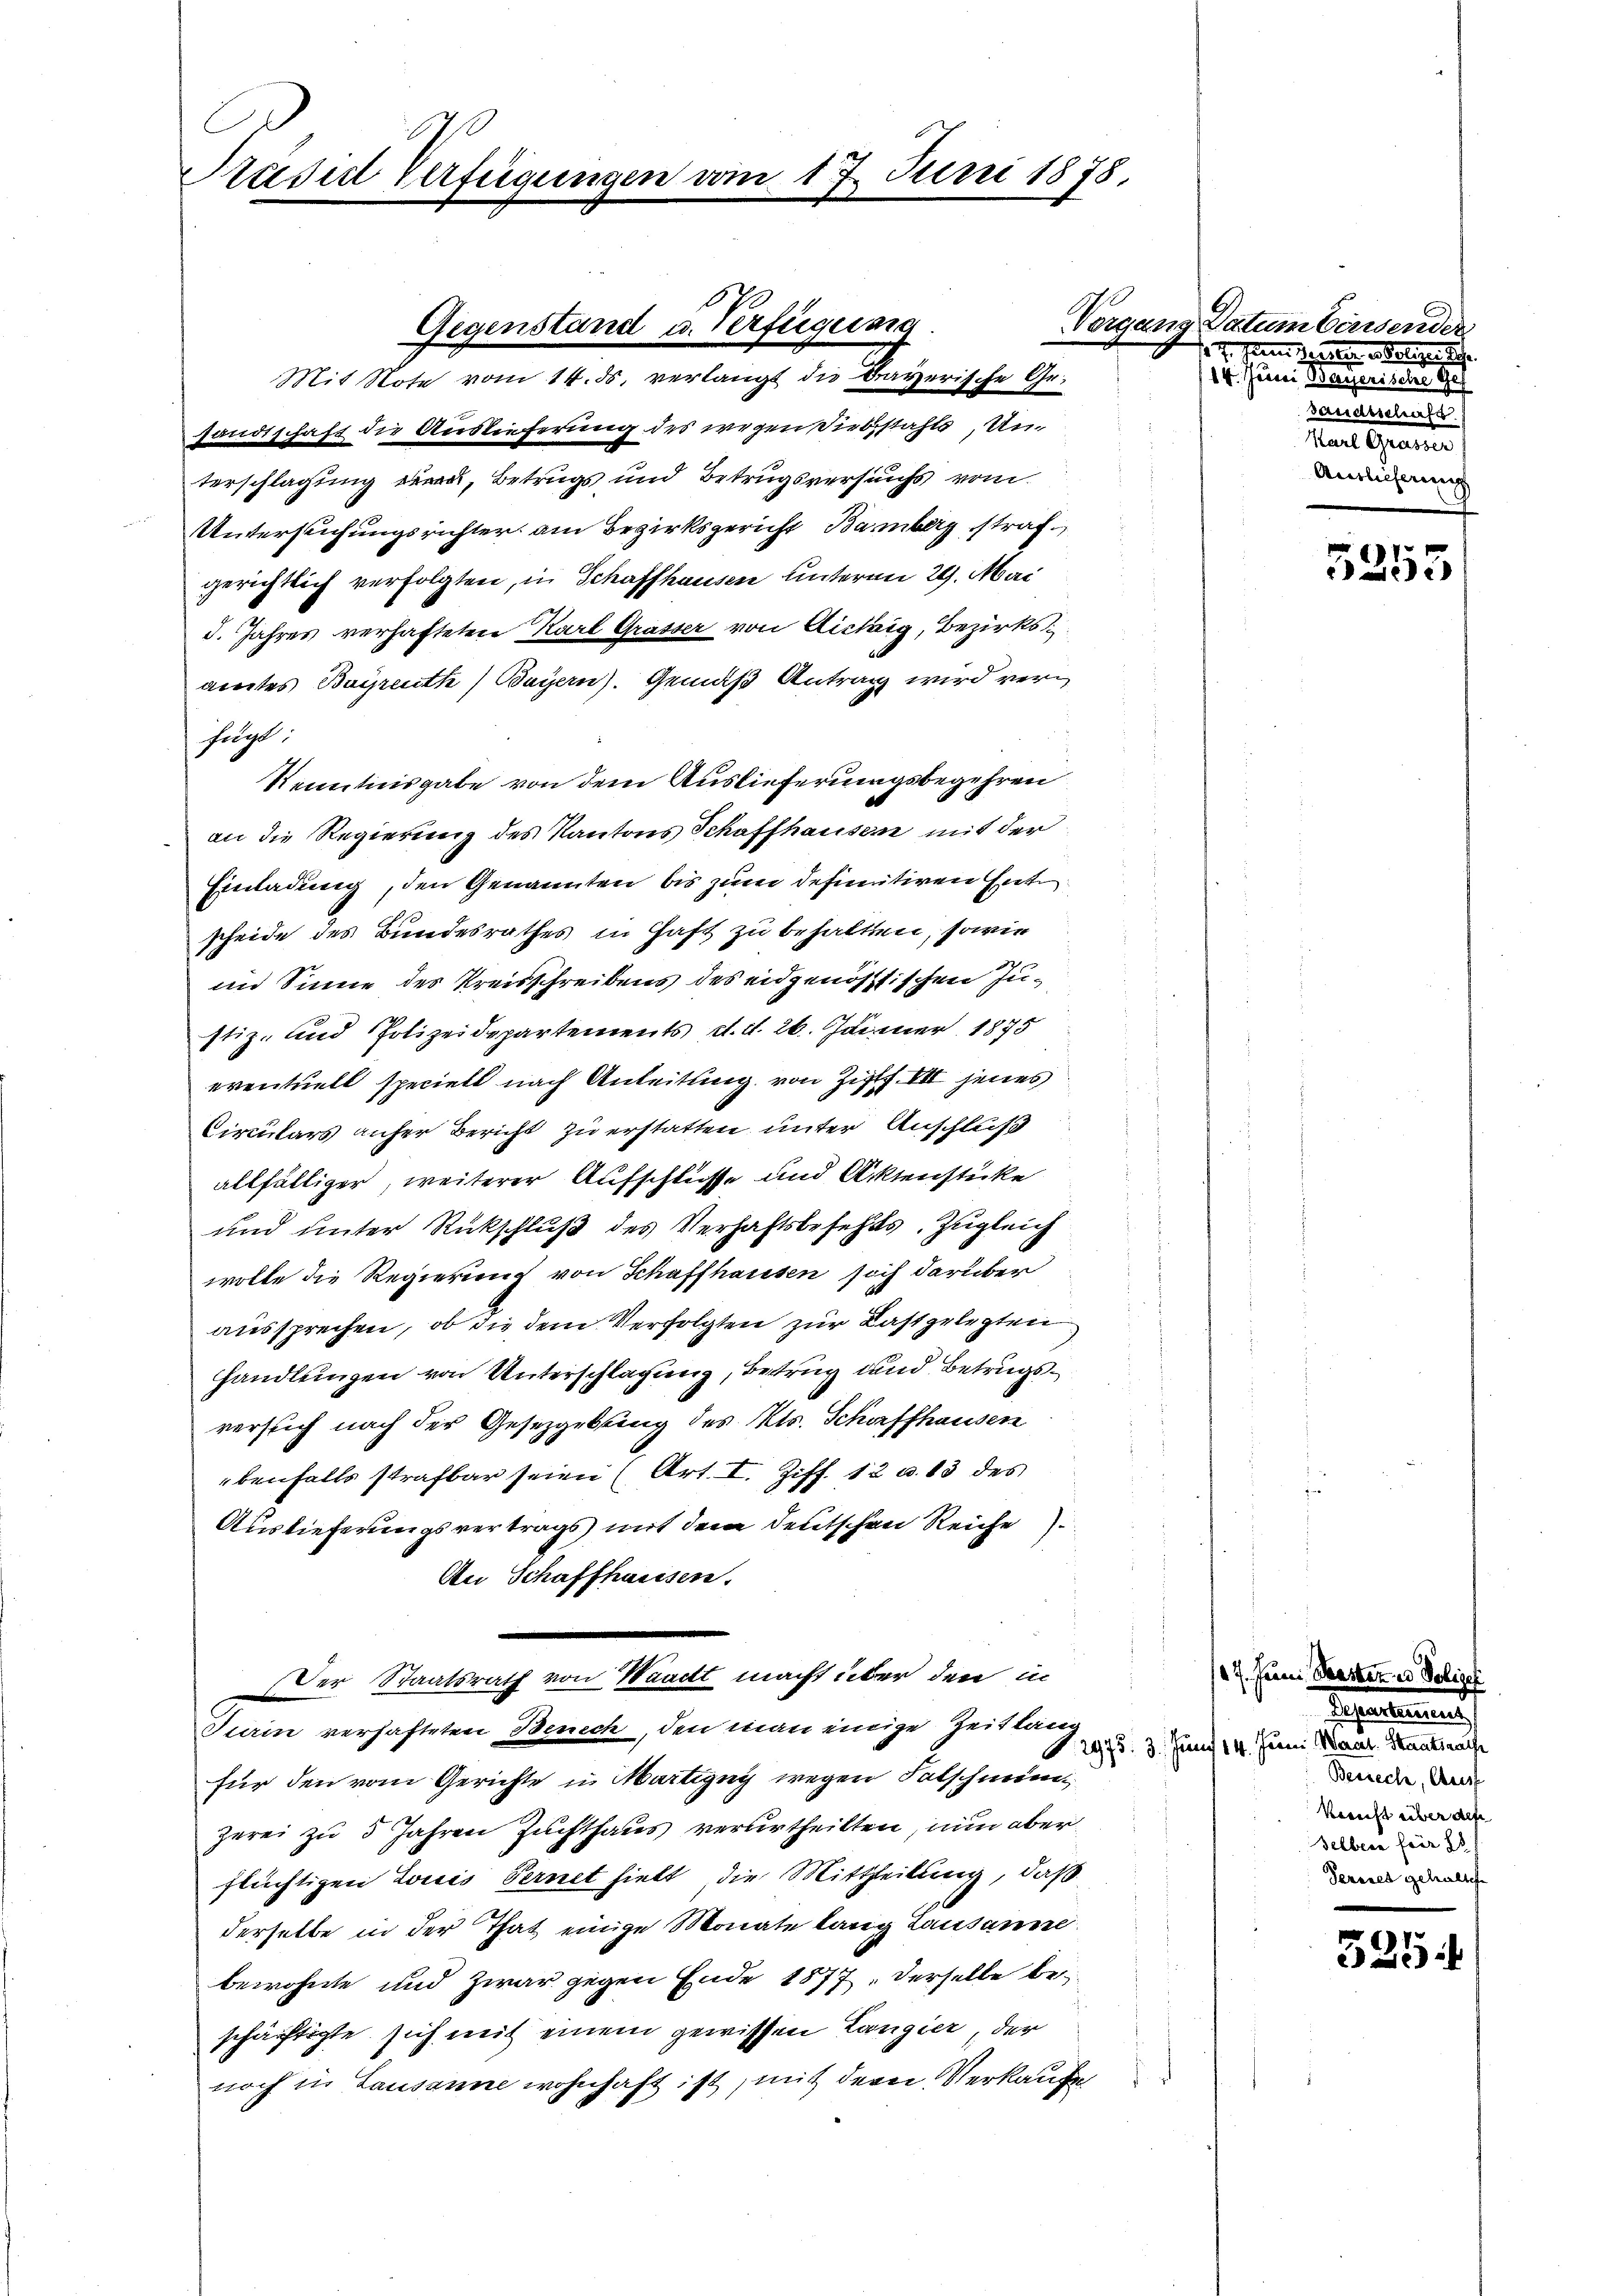
Srasil verfügungen vom 17. Juni 1878.

sandtschaft die Auslieferung des wegen Diebstahls, Unterschlagung, Betrugs und Betrugsversuchs vom
Untersuchungsrichter am Bezirksgericht Bamberg straf
gerichtlich verfolgten, in Schaffhausen unterm 29. Mai
d. Jahres verhafteten Karl Grasser von Aichig, Bezirksamtes Bayreuth) Bayern. Gemäß Antrag wird verfolgt
Kenntnisgabe von dem Auslieferungsbegehren
an die Regierung des Kantons Schaffhausen mit der
Einladung, den Genannten bis zum definitiven Gute
scheide des Bundesrathes in Haft zu behalten, sowie
im Sinne des Kreisschreibens des eidgenössischen Justiz- und Polizeidepartements d. d. 26. Jänner 1875
eventuell speciell nach Anleitung von Ziff. VII jenes
Circulars anher Bericht zu erstatten unter Anschluß
allfälliger, weiterer Aufschlüsse und Aktenstücke
und unter Rückschluß des Verhaftsbefehls, Zugleich
wolle die Regierung von Schaffhausen sich darüber
aussprechen, ob die dem Verfolgten zur Last gelegten
handlungen von Unterschlagung, Betrug und Betrugsversuch nach der Gesetzgebung des Kts. Schaffhausen
benfalls strafbar seien (Art. I. Ziff. 12 u. 13 des
Auslieferungsvertrags mit dem deutschen Reiche
An Schaffhausen.
Der Staatsrath von Waadt macht über den in
Turin verhafteten Benech, den man einige Zeit lang
für den vom Gerichte u. Martigny wegen Patschmun
zerei zu 3 Jahren Zuchthaus verurtheilten, nun aber
flüchtigen Louis Fernet hielt, die Mittheilung, daß
derselbe in der That einige Monate lang Lausanne
bewohnte und zwar gegen Ende 1877, derselbe beschäftigte sich mit einem gewissen Langier, der
noch in Lausanne wohnhaft ist, mit dem Verkaufe

Gegenstand u. Verfügung
Mit Note vom 14. ds. verlangt die braverische Ge¬

Vergang Datum Consender
17. Juni deliger Schr
14. Juni der erste Gef
sandtschaft.
e
Auslieferung

11
eiei

27. Herrn Seester es Polizei
Faltenen
.2975. 3. Juni 14. Juni Mant. Staatsrauf
Besieche, Ausf
Kerecht über des
selben für 85
Sersres gehaltete

525